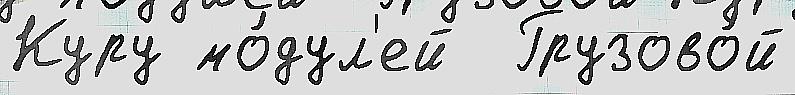
Куру мо́дул'ей  Грузово́й